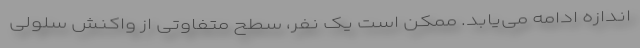
اندازه ادامه می‌یابد. ممکن است یک نفر، سطح متفاوتی از واکنش سلولی